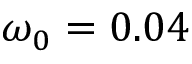
\omega _ { 0 } = 0 . 0 4